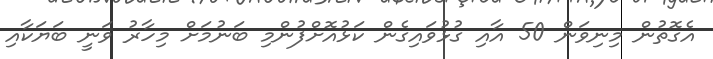
އެގޮތުން މިނިވަން 50 އާއި ގުޅުވައިގެން ކަޅުއޮށްފުންމި ބަނުމަށް މިހާރު ވަނީ ބަޔަކާއި